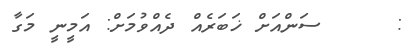
:     ސަންއަށް ޚަބަރެއް ދެއްވުމަށް: އަމީނީ މަގާ